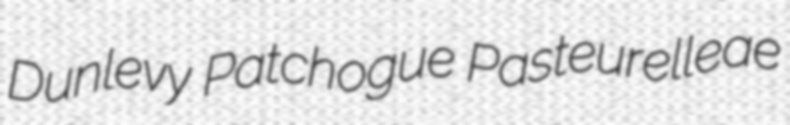
Dunlevy Patchogue Pasteurelleae